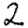
Digit: 2